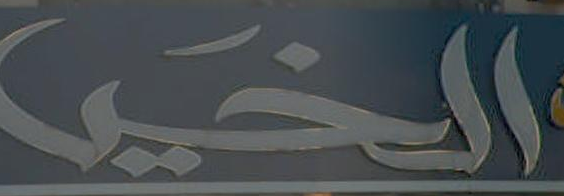
الخير